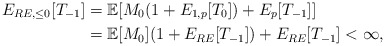
\begin{align*} E_{RE,\leq0}[T_{-1}] & =\mathbb{E}[M_0 (1+E_{1,p}[T_{0}])+E_{p}[T_{-1}]]\\ & =\mathbb{E}[M_0](1+ E_{RE}[T_{-1}])+E_{RE}[T_{-1}]<\infty, \end{align*}